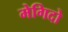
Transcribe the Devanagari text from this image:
मेगिदो